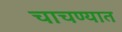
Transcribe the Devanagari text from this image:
चाचण्यात